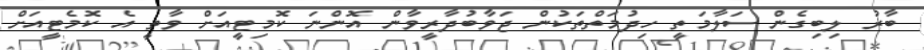
ބާރު ލިބިގެން ސަލާމަތީ ހިދުމަތްތަކުން ޖަވާބުދާރީވާން އޮންނަ ކޮމިޓީއަށް ވާތީ އެ ކޮމެޓީއަށް